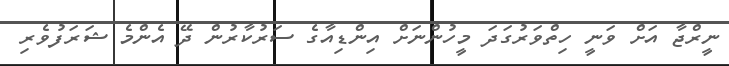
ނީރްޖާ އަށް ވަނީ ހިތްވަރުގަދަ މީހުންނަށް އިންޑިއާގެ ސަރުކާރުން ދޭ އެންމެ ޝަރަފުވެރި